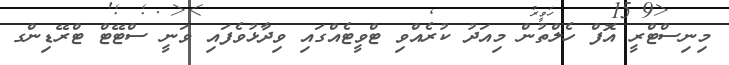
މިނިސްޓްރީ އޮފް ހެލްތުން މިއަދު ކުރެއްވި ޓްވީޓެއްގައި ވިދާޅުވެފައި ވަނީ ސްޓޭޓް ޓްރޭޑިންގ